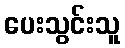
ပေးသွင်းသူ